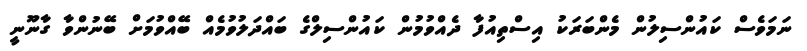
ނަމަވެސް ކައުންސިލުން މެންބަރަކު އިސްތިއުފާ ދެއްވުމުން ކައުންސިލްގެ ބައްދަލުވުމެއް ބޭއްވުމަށް ބޭނުންވާ ގާނޫނީ